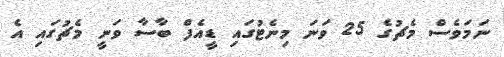
ނަމަވެސް މެޗުގެ 25 ވަނަ މިނެޓުގައި ޑީއެފް ބާސާ ވަނީ މެޗުގައި އެ